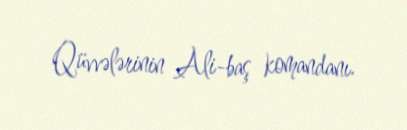
Qüvvələrinin Ali-baş komandanı.